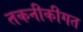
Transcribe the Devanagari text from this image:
तकनीकीगत